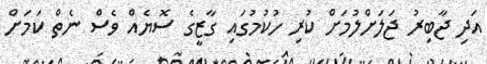
އަދި ޖާބިރު ޖަލަށްލުމަށް ކުރި ހުކުމުގައި ގާޒީގެ ސޮޔެއް ވެސް ނެތް ކަމަށް